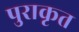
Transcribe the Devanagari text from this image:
पुराकृत